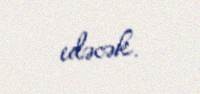
edəcək.